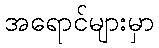
အရောင်များမှာ